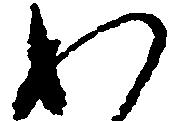
わ